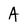
Character: A